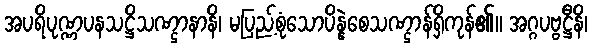
အပရိပုဏ္ဏပနသဋ္ဌိသဏ္ဌာနာနိ၊ မပြည့်စုံသောပိန္နဲစေသဏ္ဌာန်ရှိကုန်၏။ အဂ္ဂပဗ္ဗဋ္ဌီနိ၊